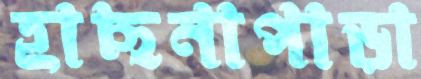
হাছনাপাড়া